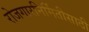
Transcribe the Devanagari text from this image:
रोजगारनिर्मितीसाठी